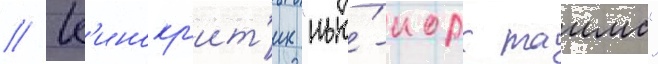
// К'инокр'ит'ик "нью́-иорк таимс"